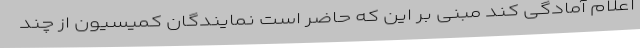
اعلام آمادگی کند مبنی بر این که حاضر است نمایندگان کمیسیون از چند